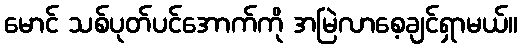
မောင် သစ်ပုတ်ပင်အောက်ကို အမြဲလာစေ့ချင်ရှာမယ်။